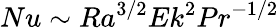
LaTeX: Nu\sim Ra^{3/2}Ek^{2}Pr^{-1/2}